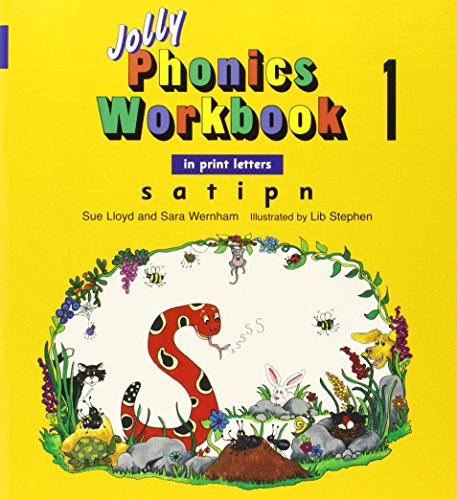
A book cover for Jolly Phonics Workbooks 1-7; Sue Lloyd; Education & Teaching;